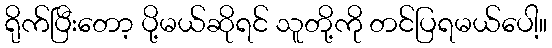
ရိုက်ပြီးတော့ ပို့မယ်ဆိုရင် သူတို့ကို တင်ပြရမယ်ပေါ့။